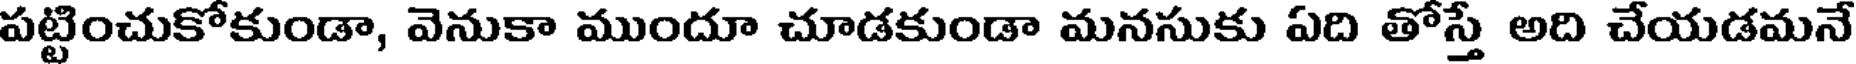
పట్టించుకోకుండా, వెనుకా ముందూ చూడకుండా మనసుకు ఏది తోస్తే అది చేయడమనే